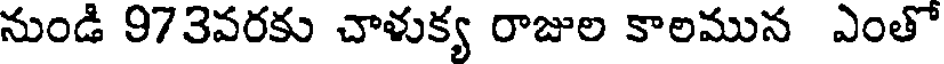
నుండి 973వరకు చాళుక్య రాజుల కాలమున ఎంతో